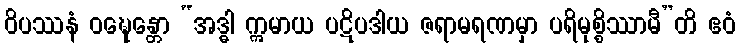
ဝိပဿနံ ဝဍ္ဎေန္တော “အဒ္ဓါ ဣမာယ ပဋိပဒါယ ဇရာမရဏမှာ ပရိမုစ္စိဿာမီ”တိ ဧဝံ